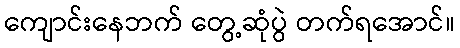
ကျောင်းနေဘက် တွေ့ဆုံပွဲ တက်ရအောင်။